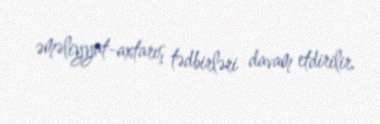
əməliyyat-axtarış tədbirləri davam etdirilir.